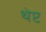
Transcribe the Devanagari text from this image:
थेप्ट